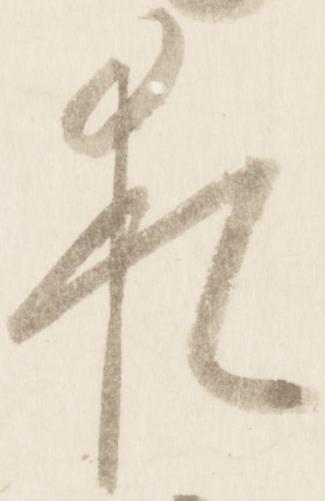
猶